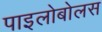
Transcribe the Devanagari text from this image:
पाइलोबोलस